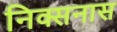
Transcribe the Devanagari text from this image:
निक्सनास